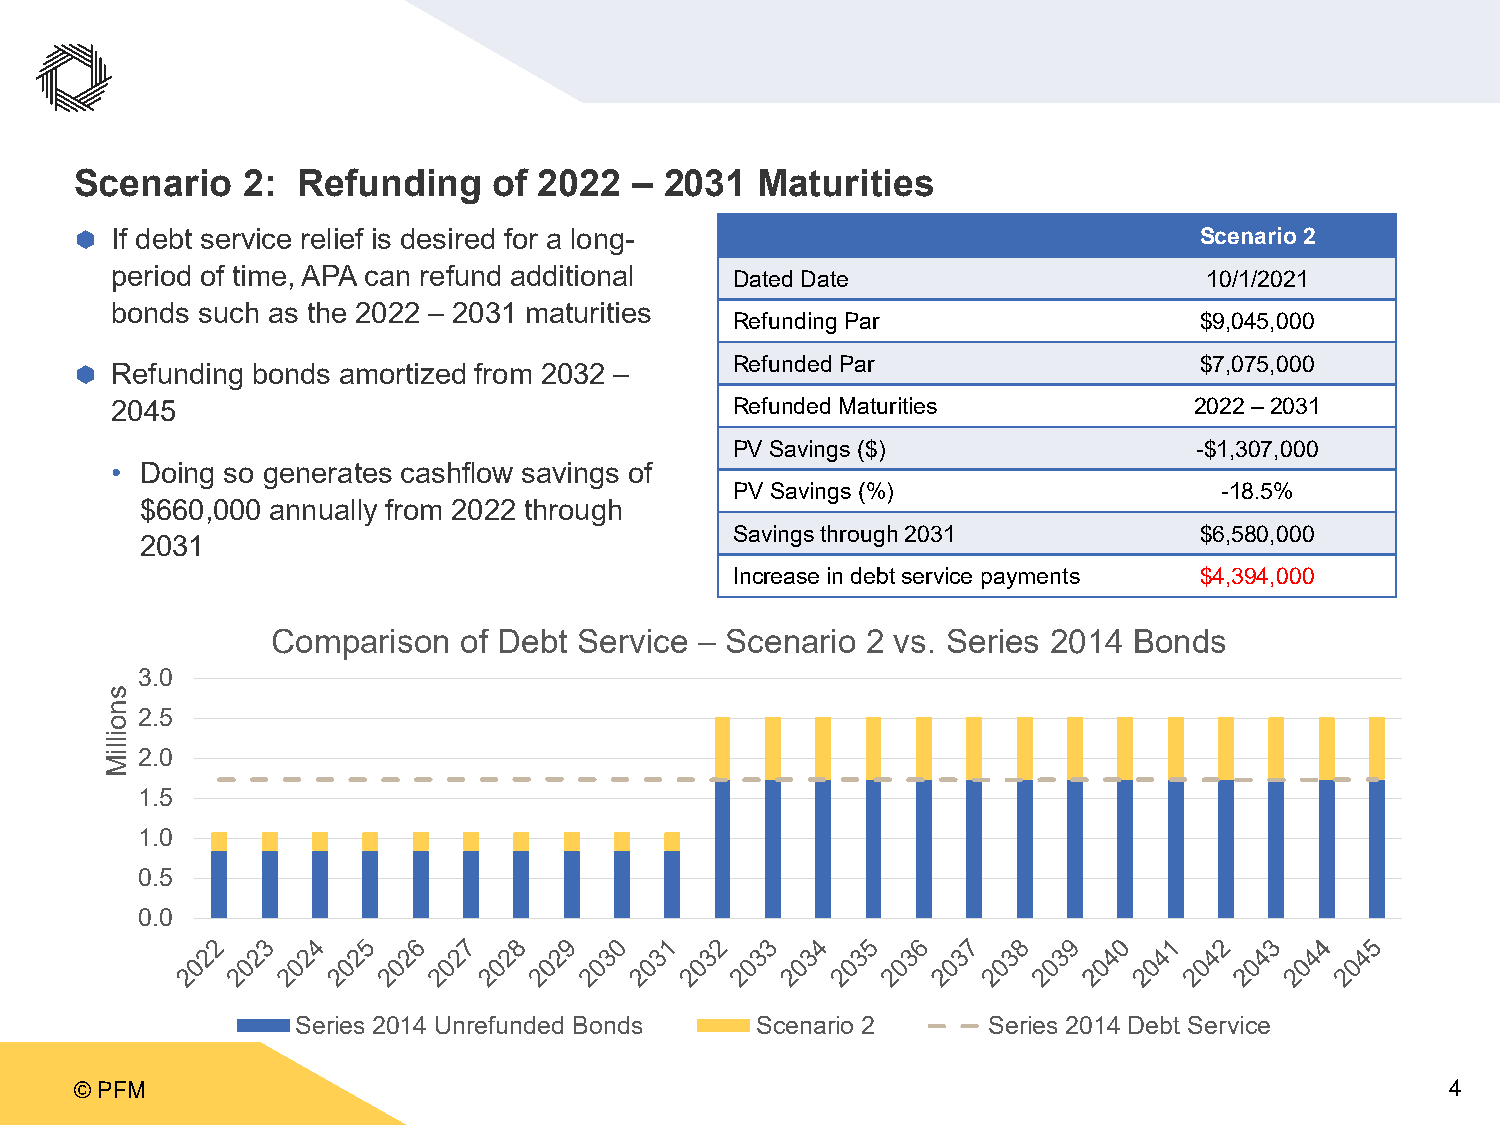
Scenario   2:  Refunding    of 2022  – 2031  Maturities
  If debt service relief is desired for a long-                           Scenario 2
 period of time, APA can refund additional Dated Date                     10/1/2021
 bonds such as the 2022 – 2031 maturities
 Refunding Par                 $9,045,000
 Refunded Par                  $7,075,000
  Refunding bonds amortized from 2032 –
 2045                                      Refunded Maturities           2022 –2031
 PV Savings ($)                -$1,307,000
 • Doing so generates cashflow savings of
 PV Savings (%)                  -18.5%
 $660,000 annually from 2022 through
 Savings through 2031          $6,580,000
 2031
 Increase in debt service payments $4,394,000
 Comparison  of Debt Service – Scenario 2 vs. Series 2014 Bonds
 3.0
 2.5
 2.0
 1.5
 1.0
 0.5
 0.0
 Series 2014 Unrefunded Bonds  Scenario 2     Series 2014 Debt Service
 © PFM                                                                                      4
 snoilliM